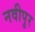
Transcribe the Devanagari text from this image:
नवीपुर